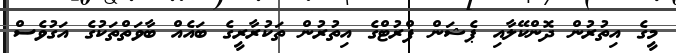
މީގެ އިތުރުން ދޮންކޭލާއި ޕެޝަން ފްރުޓްގެ އިތުރުން ތަކުރާރީގެ ބައެއް ބާވަތްތަކުގެ އަގުވެސް